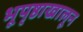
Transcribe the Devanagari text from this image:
भूपृष्ठाखालून